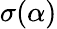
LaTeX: \sigma(\alpha)